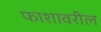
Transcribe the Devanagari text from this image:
फाशावरील